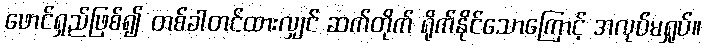
ဖောင်ရှည်ဖြစ်၍ တစ်ခါတင်ထားလျှင် ဆက်တိုက် ရိုက်နိုင်သောကြောင့် အလုပ်မရှုပ်။